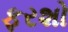
ફરશો